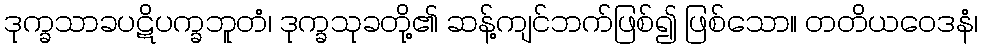
ဒုက္ခသာခပဋိပက္ခဘူတံ၊ ဒုက္ခသုခတို့၏ ဆန့်ကျင်ဘက်ဖြစ်၍ ဖြစ်သော။ တတိယဝေဒနံ၊